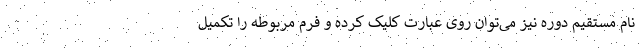
نام مستقیم دوره نیز می‌توان روی عبارت کلیک كرده و فرم مربوطه را تكميل